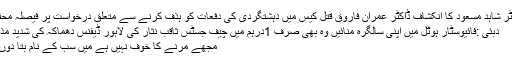
ڈاکٹر شاہد مسعود کا انکشاف ڈاکٹر عمران فاروق قتل کیس میں دہشتگردی کی دفعات کو ہذف کرنے سے متعلق درخواست پر فیصلہ محفوظ
دبئی :فائیوسٹار ہوٹل میں اپنی سالگرہ منائیں وہ بھی صرف 1درہم میں چیف جسٹس ثاقب نثار کی لاہور ڈیفنس دھماکہ کی شدید مذمت
مجھے مرنے کا خوف نہیں ہے میں سب کے نام بتا دوں گا۔